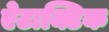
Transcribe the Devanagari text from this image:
ऐटाक्टिक